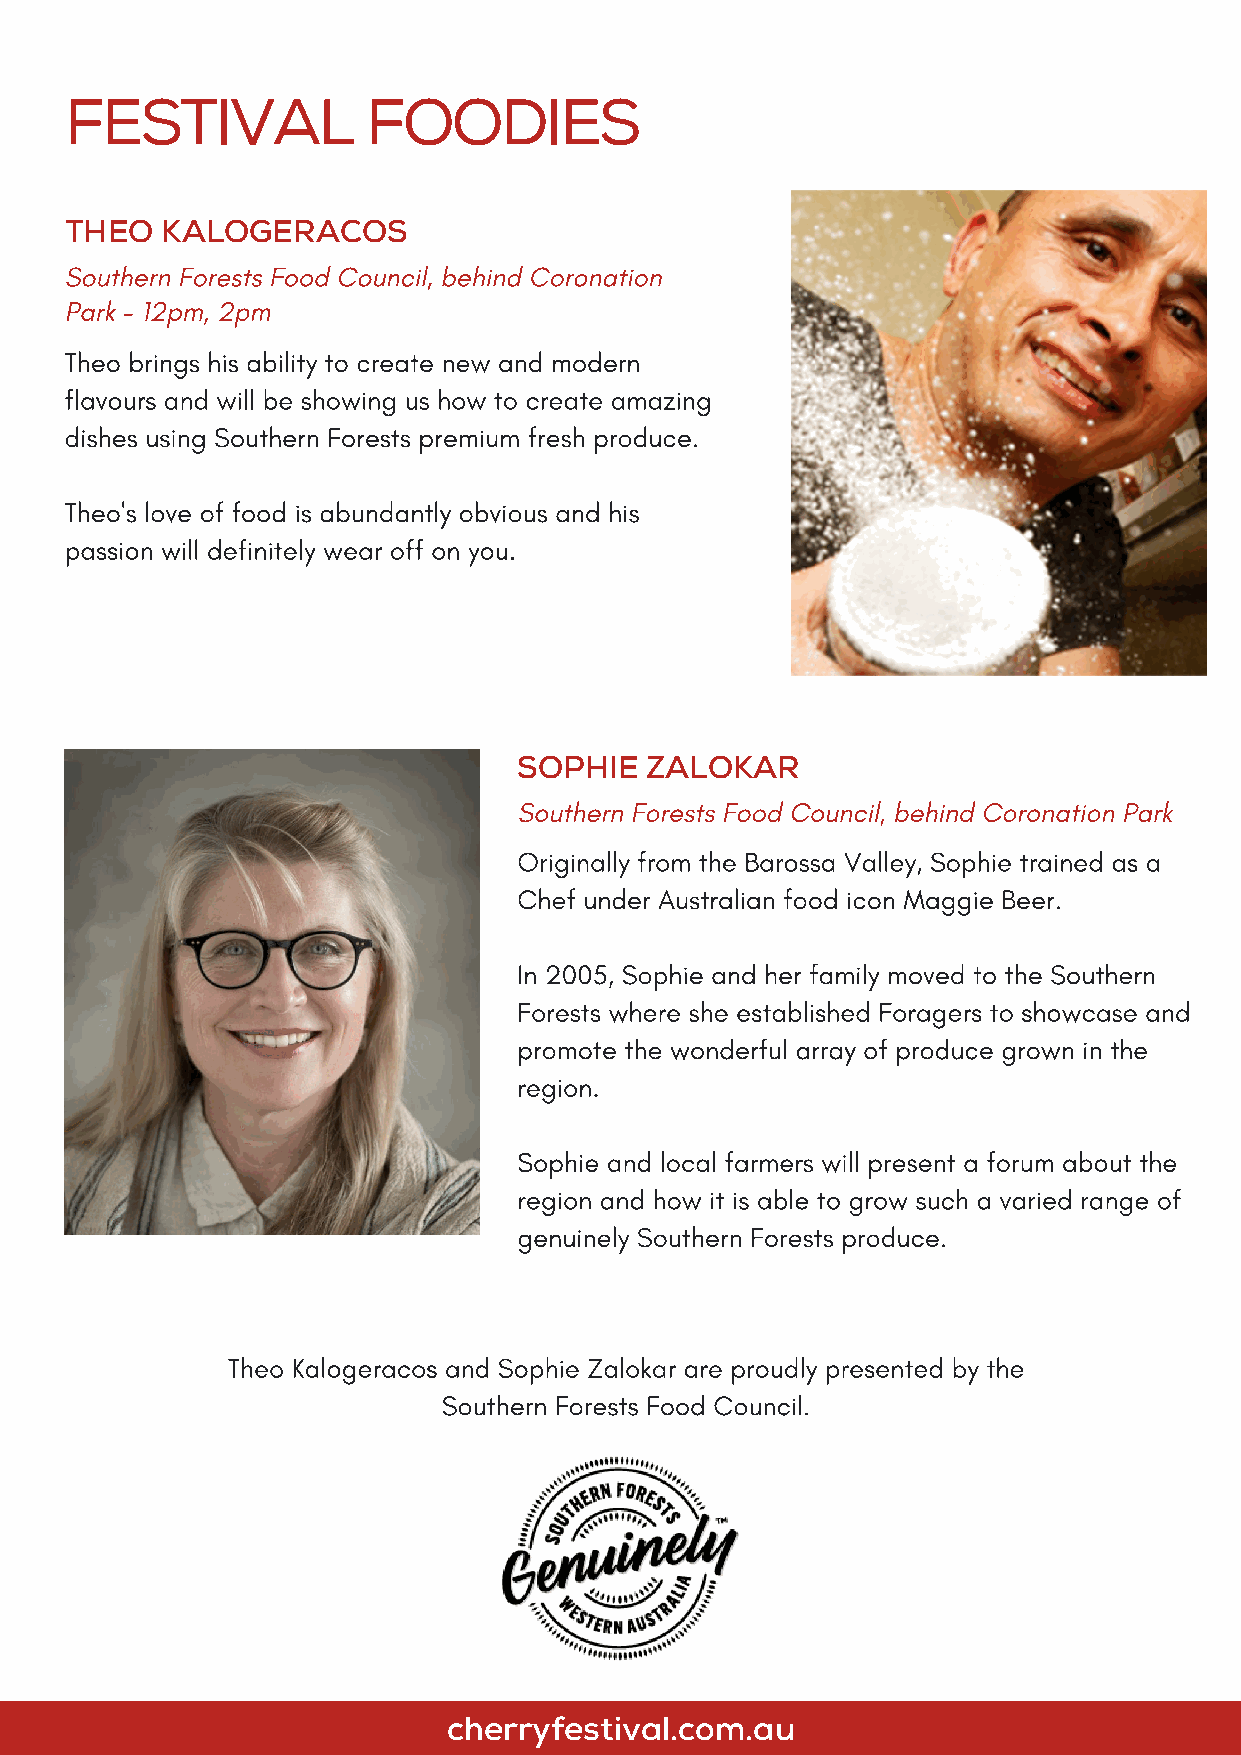
FESTIVAL            FOODIES
 THEO   KALOGERACOS
 Southern Forests Food Council, behind Coronation
 Park - 12pm, 2pm
 Theo brings his ability to create new and modern
 flavours and will be showing us how to create amazing
 dishes using Southern Forests premium fresh produce.
 Theo's love of food is abundantly obvious and his
 passion will definitely wear off on you.
 SOPHIE   ZALOKAR
 Southern Forests Food Council, behind Coronation Park
 Originally from the Barossa Valley, Sophie trained as a
 Chef under Australian food icon Maggie Beer.
 In 2005, Sophie and her family moved to the Southern
 Forests where she established Foragers to showcase and
 promote the wonderful array of produce grown in the
 region.
 Sophie and local farmers will present a forum about the
 region and how it is able to grow such a varied range of
 genuinely Southern Forests produce.
 Theo Kalogeracos and Sophie Zalokar are proudly presented by the
 Southern Forests Food Council.
 cherryfestival.com.au